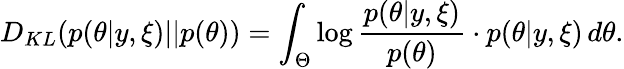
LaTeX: D_{KL}(p(\theta|y,\xi)||p(\theta))=\int_{\Theta}\log\frac{p(\theta|y,\xi)}{p(\theta)}\cdot p(\theta|y,\xi)\, d\theta.